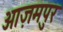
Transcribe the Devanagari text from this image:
आज़मपुर